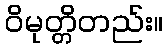
ဝိမုတ္တိတည်း။